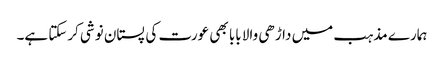
ہمارے مذہب میں داڑھی والا بابا بھی عورت کی پستان نوشی کرسکتا ہے۔